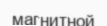
магнитной